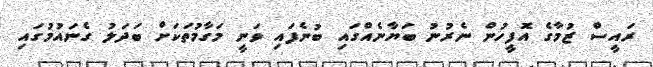
ރައީސް ޒުމާގެ އޮފީހުން ނެރުނު ބަޔާނެއްގައި ބުނެފައި ވަނީ މަގާމުތަކަށް ބަދަލު ގެނައުމުގައި